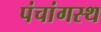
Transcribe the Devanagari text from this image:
पंचांगस्थ